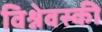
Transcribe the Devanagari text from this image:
विश्नेवस्की